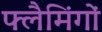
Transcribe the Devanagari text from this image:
फ्लैमिंगों